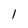
Character: l